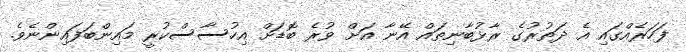
ފަހަރެއްގައި އެ ދަތުރުގެ ރާޅުބާނިތައް އޭނާ އަށް ވުރެ ބޮޑަށް އިހުސާސްކުރީ މައިންބަފައިންނެވެ.